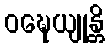
ဝဍ္ဎေယျုန္တိ